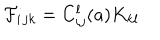
\mathcal { F } _ { i } { } _ { j k } = C _ { i j } ^ { l } ( a ) K _ { k l }